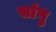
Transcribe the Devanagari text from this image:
चांगु